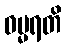
ဓမ္မရတိ